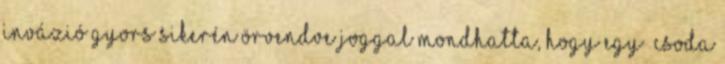
invázió gyors sikerén örvendve joggal mondhatta, hogy egy „csoda